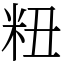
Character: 粈